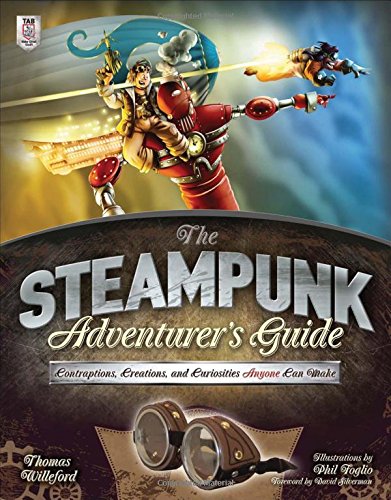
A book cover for The Steampunk Adventurer's Guide: Contraptions, Creations, and Curiosities Anyone Can Make; Thomas Willeford; Science Fiction & Fantasy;